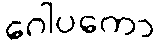
ဂေါပကော